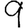
Digit: 9